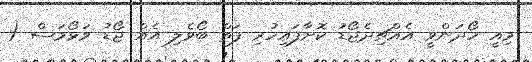
މިއީ ހޯދަންވީ އެއްޗިދެޖޯޑު ކޮށާފައިހުރި ފަތް ބޯވެލި އެއް ޖޯޑު ވަޅޯމަސް (